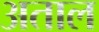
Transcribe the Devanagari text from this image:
अताल